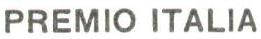
PREMIO ITALIA